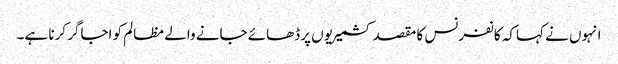
انہوں نے کہاکہ کانفرنس کا مقصد کشمیریوں پرڈھائے جانے والے مظالم کو اجاگر کرنا ہے۔